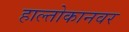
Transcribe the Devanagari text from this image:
हाल्तोकानवर